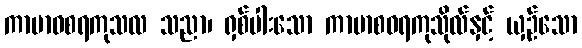
ကာမာဝစရကုသလ သညာ၊ ရှစ်ပါးသော ကာမာစဝရကုသိုလ်နှင့် ယှဉ်သော